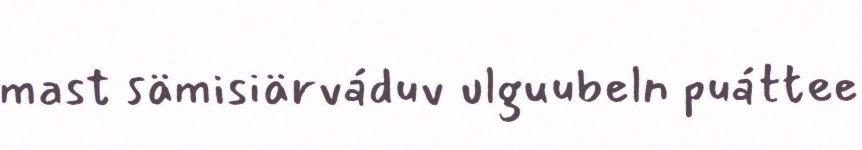
mast sämisiärváduv ulguubeln puáttee